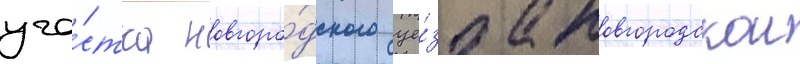
уча́стка новгоро́дского уе́зда новгородскои